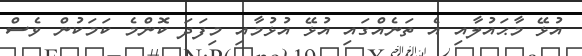
އުޅޭ މާޙައުލާއި އެ ތަނެއްގައި އުޅޭ އުޅުމާއި މިފަދަ ކޮންމެ ކަމަކުން ވެސް